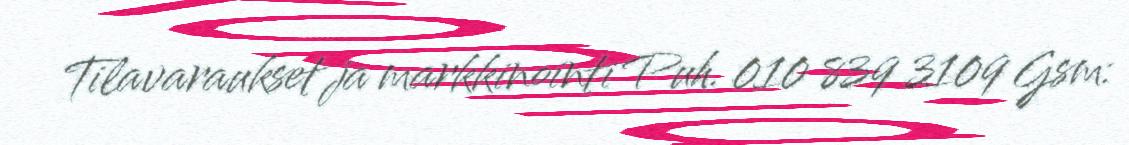
Tilavaraukset ja markkinointi Puh. 010 839 3109 Gsm: